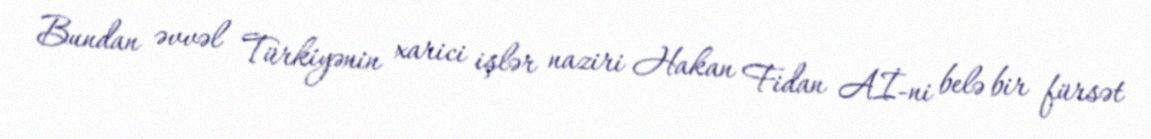
Bundan əvvəl Türkiyənin xarici işlər naziri Hakan Fidan Aİ-ni belə bir fürsət